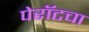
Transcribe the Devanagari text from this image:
पेरॉटचा